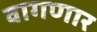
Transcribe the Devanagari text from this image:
वागणार